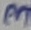
Text: 3